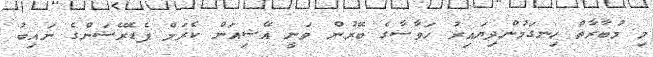
މި މުބާރާތް ހިނގަމުންދިޔައިރު ހަވާސާގެ ބޭރުން ވަނީ އޭޝިއަން ކެރަމް ފެޑެރޭޝަންގެ ނައިބު